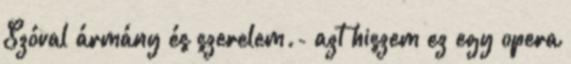
Szóval ármány és szerelem.- azt hiszem ez egy opera